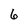
Character: 6